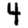
Digit: 4